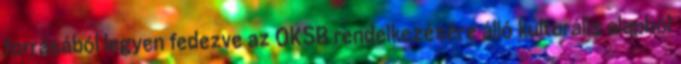
forrásából legyen fedezve az OKSB rendelkezésére álló kulturális alapból